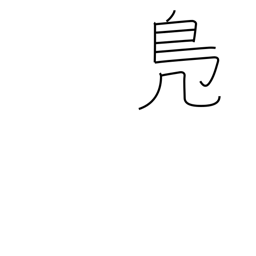
Meaning: wild duck